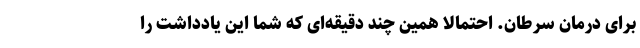
برای درمان سرطان. احتمالاً همین چند دقیقه‌ای که شما این یادداشت را